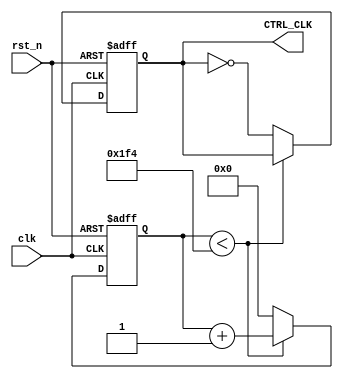
module clock_div(
clk,
rst_n,
CTRL_CLK


);

input clk;
input rst_n;
output reg CTRL_CLK;
assign CLOCK=clk;
assign RESET=rst_n;
reg [10:0]CLK_DIV;
always@(posedge CLOCK or negedge RESET)
begin
	if(!RESET)
	begin
		CTRL_CLK	<=	0;
		CLK_DIV	<=	0;
		
	end
	else
	begin

		if( CLK_DIV	< (500)) //50*2=100 clock div
		CLK_DIV	<=	CLK_DIV+1;
		else
		begin
			CLK_DIV	<=	0;
			CTRL_CLK	<=	~CTRL_CLK;
		end
	end
end
endmodule